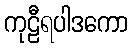
ကုဠီရပါဒကော